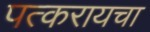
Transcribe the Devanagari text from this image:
पत्करायचा